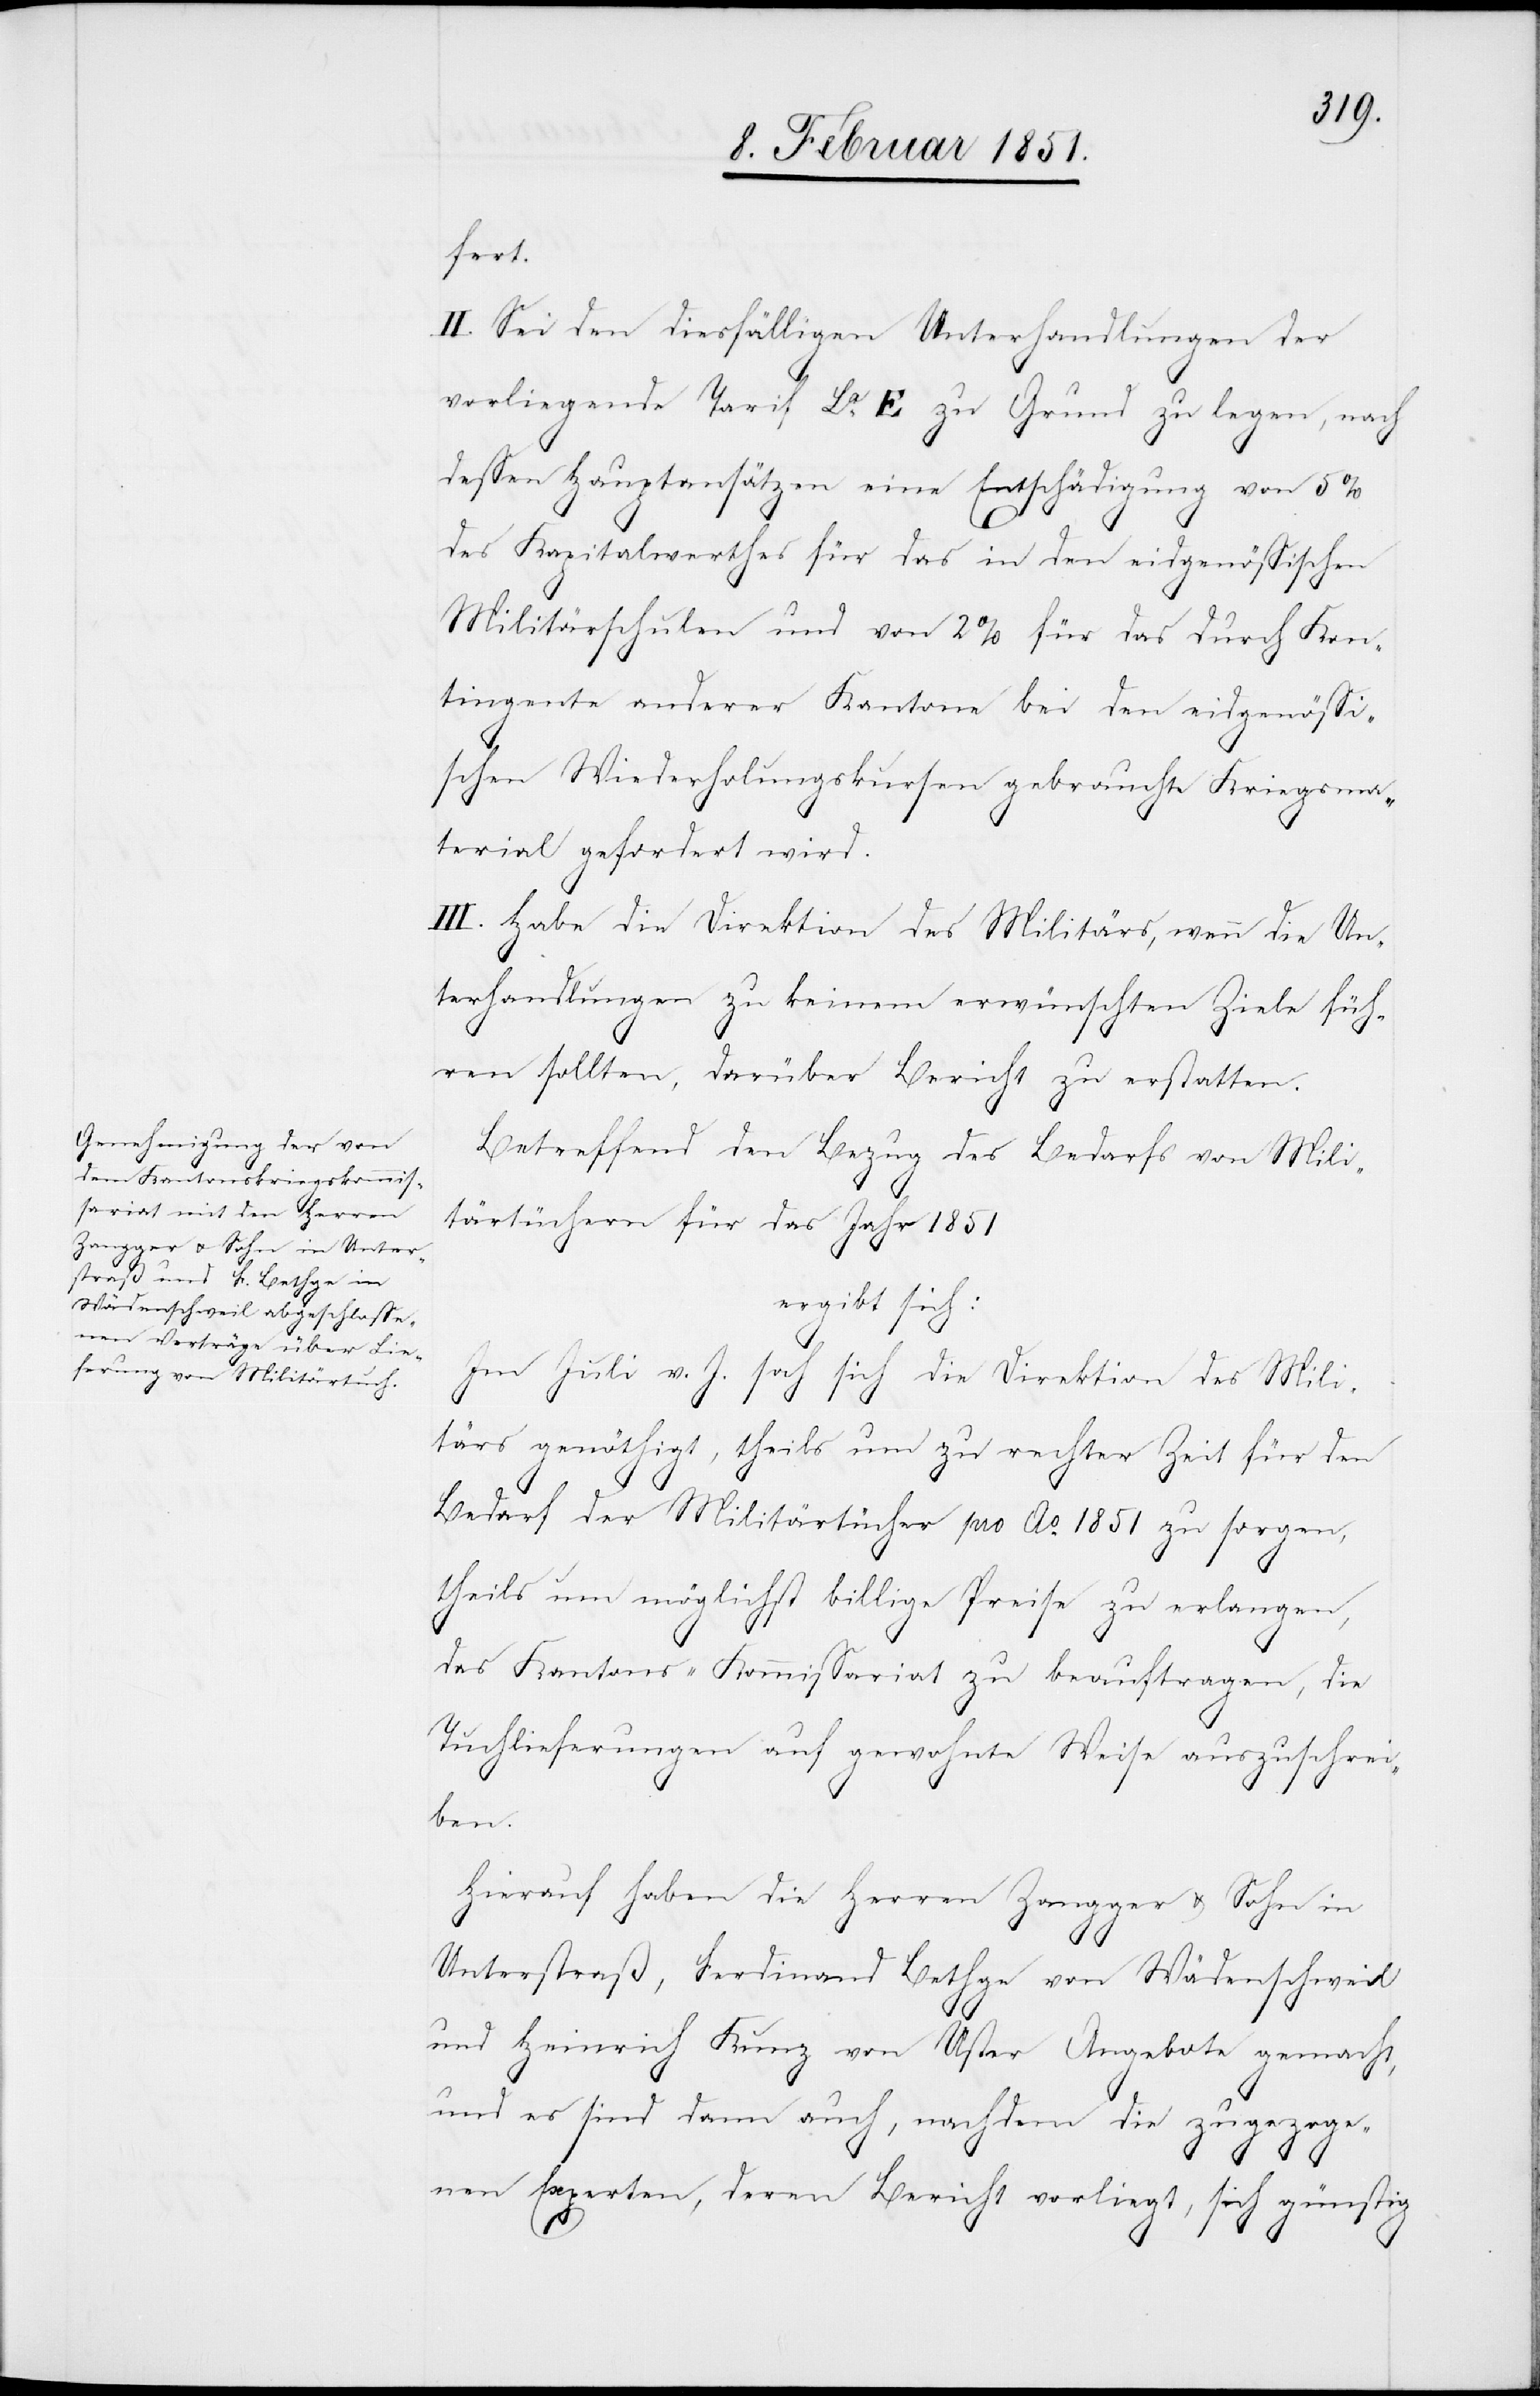
fert.
II. Sei den diesfälligen Unterhandlungen der
vorliegende Tarif La. E zu Grund zu legen, nach
dessen Hauptansätzen eine Entschädigung von 5%
des Kapitalwerthes für das in den eidgenössischen
Militärschulen und von 2% für das durch Kon¬
tingente anderer Kantone bei den eidgenössi¬
schen Wiederholungskursen gebrauchte Kriegsma¬
terial gefordert wird.
III. Habe die Direktion des Militärs, wenn die Un¬
terhandlungen zu keinem erwünschten Ziele füh¬
ren sollten, darüber Bericht zu erstatten.
Betreffend den Bezug des Bedarfs von Mili¬
tärtüchern für das Jahr 1851
ergibt sich:
Im Juli v. J. sah sich die Direktion des Mili¬
tärs genöthigt, theils um zu rechter Zeit für den
Bedarf der Militärtücher pro Ao. 1851 zu sorgen,
theils um möglichst billige Preise zu erlangen,
das Kantons-Kommissariat zu beauftragen, die
Tuchlieferungen auf gewohnte Weise auszuschrei¬
ben.
Hierauf haben die Herren Zangger & Sohn in
Unterstraß, Ferdinand Bethge von Wädenschweil
und Heinrich Kunz von Uster Angebote gemacht,
und es sind dann auch, nachdem die zugezoge¬
nen Experten, deren Bericht vorliegt, sich günstig